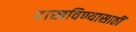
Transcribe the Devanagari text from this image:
दाखविण्यासाठीं